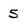
Character: 5